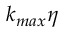
k _ { m a x } \eta